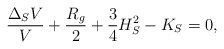
\begin{align*}\dfrac{\Delta_S V}{V}+\dfrac{R_g}{2}+\dfrac{3}{4}H_S^2-K_S=0, \end{align*}